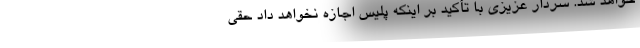
خواهد شد. سردار عزیزی با تأکید بر اینکه پلیس اجازه نخواهد داد حقی